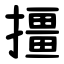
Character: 㩖